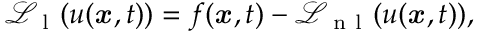
\mathcal { L } _ { \mathrm { ~ l ~ } } ( u ( { \boldsymbol { \mathbf { \mathit { x } } } } , t ) ) = f ( { \boldsymbol { \mathbf { \mathit { x } } } } , t ) - \mathcal { L } _ { \mathrm { ~ n ~ l ~ } } ( u ( { \boldsymbol { \mathbf { \mathit { x } } } } , t ) ) ,